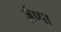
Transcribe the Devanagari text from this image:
ज़ैप्पा